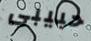
حبيبى